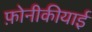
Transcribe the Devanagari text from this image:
फ़ोनीकीयाई